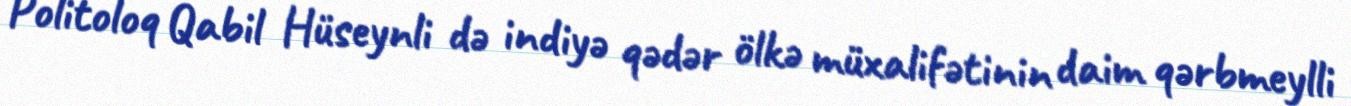
Politoloq Qabil Hüseynli də indiyə qədər ölkə müxalifətinin daim qərbmeylli